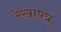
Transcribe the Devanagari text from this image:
रेखापत्र